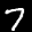
Label: 7